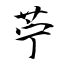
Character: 苧